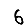
Digit: 6